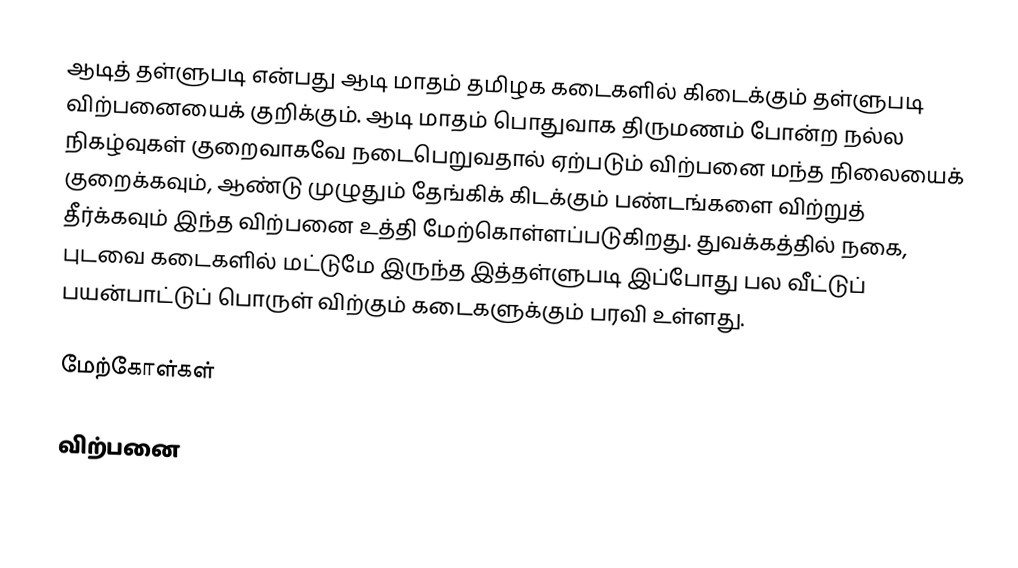
ஆடித் தள்ளுபடி என்பது ஆடி மாதம் தமிழக கடைகளில் கிடைக்கும் தள்ளுபடி விற்பனையைக் குறிக்கும். ஆடி மாதம் பொதுவாக திருமணம் போன்ற நல்ல நிகழ்வுகள் குறைவாகவே நடைபெறுவதால் ஏற்படும் விற்பனை மந்த நிலையைக் குறைக்கவும், ஆண்டு முழுதும் தேங்கிக் கிடக்கும் பண்டங்களை விற்றுத் தீர்க்கவும் இந்த விற்பனை உத்தி மேற்கொள்ளப்படுகிறது. துவக்கத்தில் நகை, புடவை கடைகளில் மட்டுமே இருந்த இத்தள்ளுபடி இப்போது பல வீட்டுப் பயன்பாட்டுப் பொருள் விற்கும் கடைகளுக்கும் பரவி உள்ளது.

மேற்கோள்கள்

விற்பனை